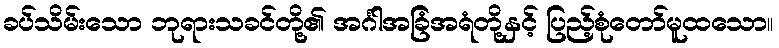
ခပ်သိမ်းသော ဘုရားသခင်တို့၏ အင်္ဂါအခြံအရံတို့နှင့် ပြည့်စုံတော်မူထသော။